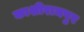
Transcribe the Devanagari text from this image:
काशीरामपुर